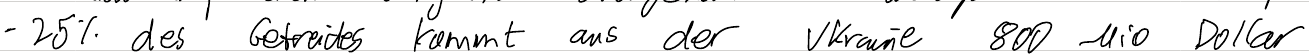
- 25% des Getreides kommt aus der Ukraine 800 Mio Dollar